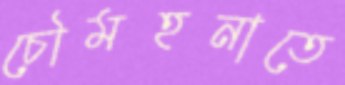
চৌমহনাতে